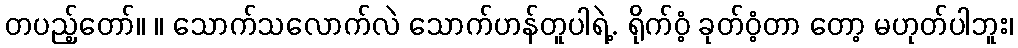
တပည့်တော်။ ။ သောက်သလောက်လဲ သောက်ဟန်တူပါရဲ့. ရိုက်ဝံ့ ခုတ်ဝံ့တာ တော့ မဟုတ်ပါဘူး၊